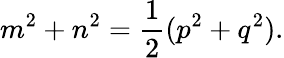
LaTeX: m^{2}+n^{2}={\frac{1}{2}}(p^{2}+q^{2}).